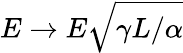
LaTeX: E\rightarrow E\sqrt{\gamma L/\alpha}